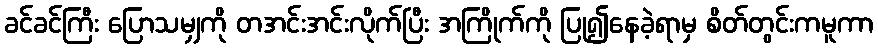
ခင်ခင်ကြီး ပြောသမျှကို တအင်းအင်းလိုက်ပြီး အကြိုက်ကို ပြု၍နေခဲ့ရာမှ စိတ်တွင်းကမူကာ